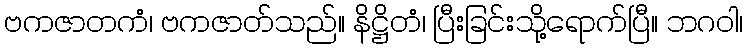
ဗကဇာတကံ၊ ဗကဇာတ်သည်။ နိဋ္ဌိတံ၊ ပြီးခြင်းသို့ရောက်ပြီ။ ဘဂဝါ၊